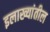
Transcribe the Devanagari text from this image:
इलाख्यांतील